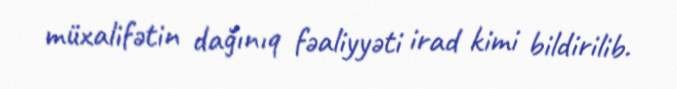
müxalifətin dağınıq fəaliyyəti irad kimi bildirilib.